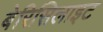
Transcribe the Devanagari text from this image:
बेरिसिलाइट